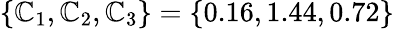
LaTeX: \{ \mathbb{C}_{1},\mathbb{C}_{2},\mathbb{C}_{3}\} =\{ 0.16,1.44,0.72\}